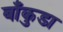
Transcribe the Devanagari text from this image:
बाँकुडा